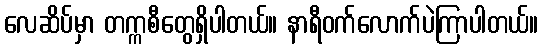
လေဆိပ်မှာ တက္ကစီတွေရှိပါတယ်။ နာရီဝက်လောက်ပဲကြာပါတယ်။